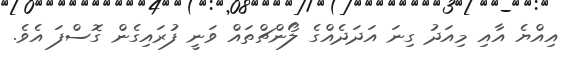
އިއްޔެ އާއި މިއަދު ގިނަ އަދަދެއްގެ ލޯންޗްތައް ވަނީ ފުރައިގެން ގޮސްފަ އެވެ.